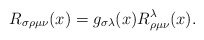
\begin{align*}R_{\sigma\rho\mu\nu}(x)=g_{\sigma\lambda}(x)R^\lambda_{\rho\mu\nu}(x).\end{align*}